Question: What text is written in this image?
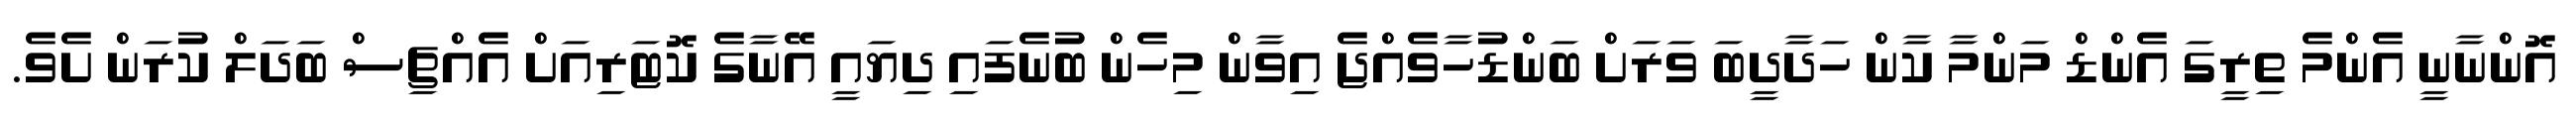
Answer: އޮންނާނީ އެންމެ ތިރީގަ އެންޑް މަންމާ ކާން ހަދާދީބަ ވަރަށް ބަންޑުހާވެއްޖެ އިވާން މިހެން ބުނެފައި ދިޔައީ އޭނާގެ ކޮޓަރިއަށް އެއްޗިސް ބަދަލް ކުރަން ށެވެ.